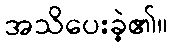
အသိပေးခဲ့၏။